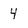
Character: 4